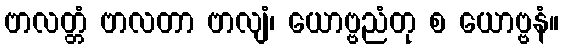
ဗာလတ္တံ ဗာလတာ ဗာလျံ၊ ယောဗ္ဗညံတု စ ယောဗ္ဗနံ။